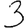
Digit: 3